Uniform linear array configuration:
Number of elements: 48
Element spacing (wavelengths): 0.25
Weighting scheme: hamming
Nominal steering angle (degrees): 0
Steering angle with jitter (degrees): -0.1728
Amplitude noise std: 0.05
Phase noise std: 0.05

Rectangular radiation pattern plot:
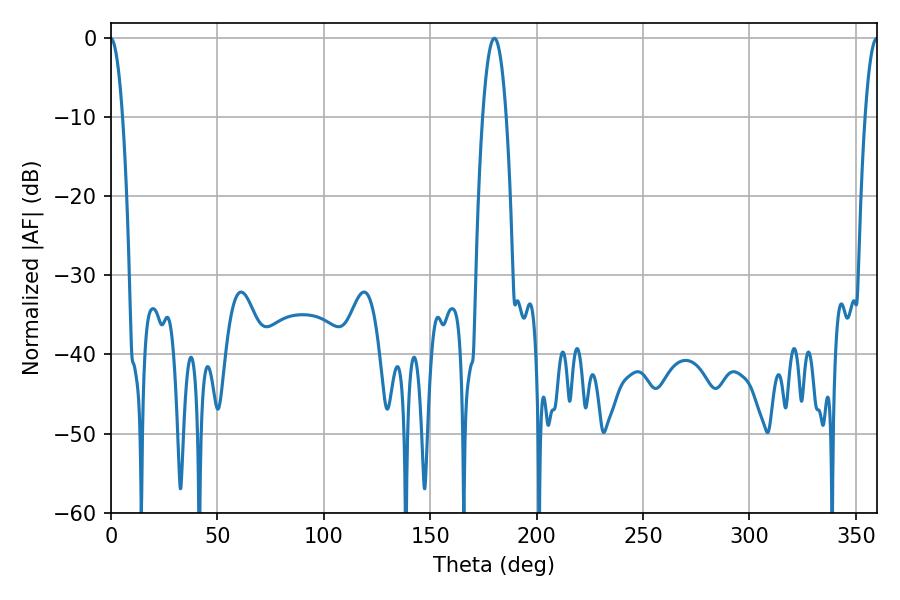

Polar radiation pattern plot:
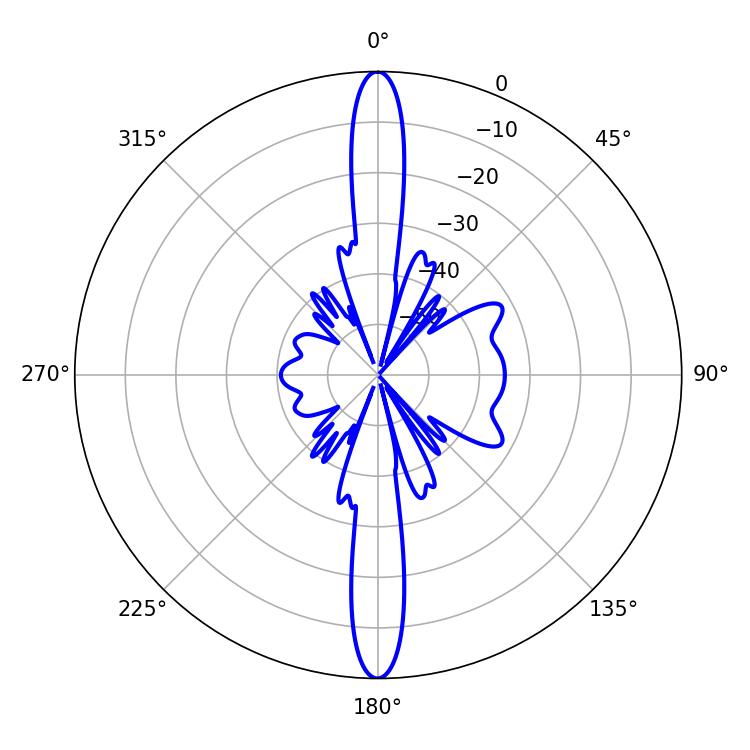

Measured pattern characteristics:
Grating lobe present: FALSE
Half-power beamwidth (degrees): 6.12
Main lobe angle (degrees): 180.18